system: You are a helpful assistant.
user:
Analyze the provided spectrum to determine if it is a **M-type Giant (gM)**.

A M-type Giant spectrum is defined by its **strong molecular absorption** features, particularly from **Titanium Oxide (TiO)**. You must check for one of the following mutually exclusive signatures:

- **Key Visual Indicators (Absorption-Dominated Spectrum):**

    - **(Primary):** The spectrum is dominated by strong molecular absorption from **Titanium Oxide (TiO)**. This is the **defining feature** of its M-type temperature class.
        - **(Key Bandheads):** Look for sharp, "saw-tooth" absorption valleys. The strongest are located near **~7050 Å**, **~6160 Å**, and **~5170 Å**.
        - **(Line Profile):** The "saw-tooth" morphology is critical: a **sharp, steep drop on the BLUE (short-wavelength) side** of the bandhead, followed by a gradual recovery (rising flux) towards the RED (long-wavelength) side.

    - **(Key Confirmation - Giant vs. Dwarf):** **ABSENCE** of strong **Calcium Hydride (CaH)** molecular bands. This is the primary diagnostic for *excluding* M-dwarfs.
        - **(Key Region):** The spectrum should lack the strong, broad absorption band seen in dwarfs between **~6800 Å and ~7000 Å**.

    - **(Secondary Confirmation - Giant):** A very strong and broad **Neutral Calcium (Ca I)** atomic absorption line.
        - **(Key Line):** Located at **~4226 Å**. In a giant (gM), this line is significantly deeper and broader than the same line in an M-dwarf (dM) due to low surface gravity.

    - **(Overall Spectrum):**
        - The continuum is **extremely red-sloping** (i.e., flux is very low in the blue and rises dramatically towards the red).
        - The entire spectrum appears "chopped up" by the deep TiO bands.

Think first, call **spectral_visualization_tool** if needed to examine features in detail, then provide your final answer. Your response must adhere to the following strict rules:
1.  **Overall Structure:** Your response must follow the format `<think>...</think> <tool_call>...</tool_call> (if a tool is used) <answer>...</answer>`.
2.  **Tool Usage Constraint:** You may only make **one** tool call per turn.
3.  **Final Answer Format:** In the `<answer>` tag, your conclusion must be inside a `\boxed{}` command (e.g., `\boxed{YES}` or `\boxed{NO}`), followed by your justification.

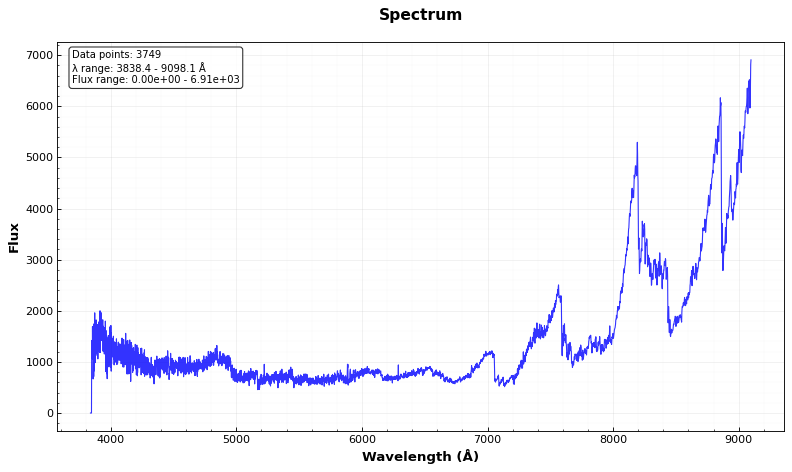
Answer: YES